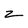
Character: z